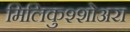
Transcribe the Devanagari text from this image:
मिलिकुश्शोअरा